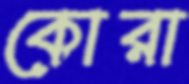
কোরা